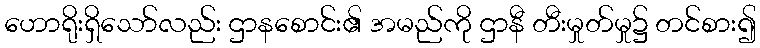
ဟောရိုးရှိသော်လည်း ဌာနစောင်း၏ အမည်ကို ဌာနီ တီးမှုတ်မှု၌ တင်စား၍